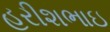
હરીશભાઇ